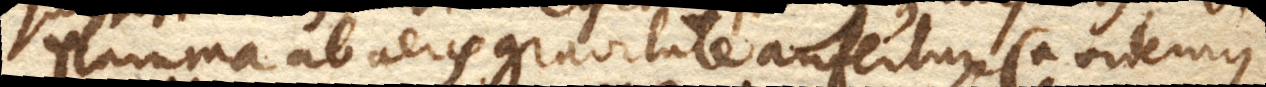
flamma ab aeris gravitate aufertur (+ videmus